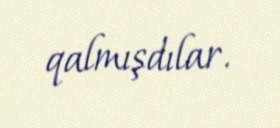
qalmışdılar.